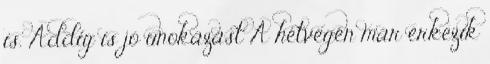
is. Addig is jó unokázást A hétvégén már érkezik